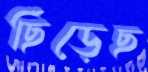
ছিঁড়েছ